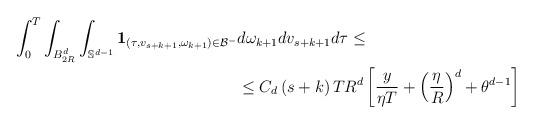
LaTeX: \begin{align*}\begin{aligned}\int_0^T \int_{B_{2R}^d} \int_{\mathbb{S}^{d-1}} \mathbf{1}_{\left(\tau,v_{s+k+1},\omega_{k+1}\right) \in \mathcal{B}^-} & d\omega_{k+1} dv_{s+k+1} d\tau \leq \\& \leq C_d \left( s+k \right) T R^d \left[\frac{y}{\eta T} + \left(\frac{\eta}{R}\right)^d + \theta^{d-1}\right]\end{aligned}\end{align*}